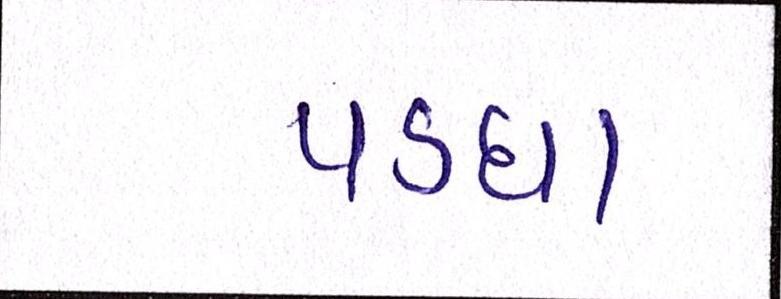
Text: પડઘા